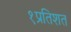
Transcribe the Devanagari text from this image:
१प्रतिशत